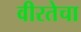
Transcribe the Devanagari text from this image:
वीरतेचा